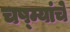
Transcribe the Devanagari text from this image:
चष्म्यांचे